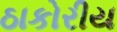
ઠાકોરીય